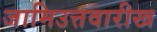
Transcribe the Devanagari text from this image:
जामिउत्तवारीख